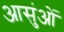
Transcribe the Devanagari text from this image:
आसुंओं